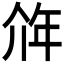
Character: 𰏥